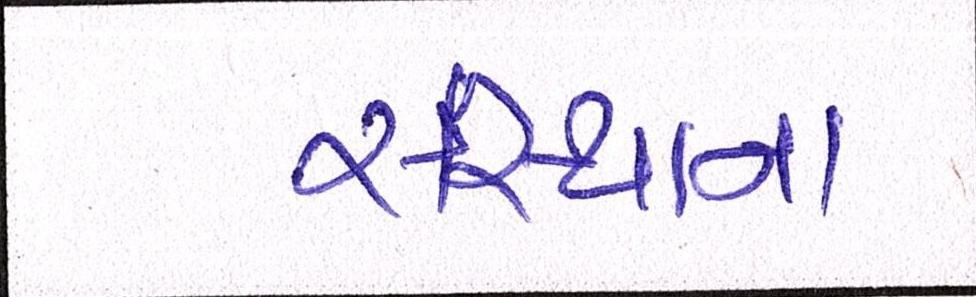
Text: સંસ્થાના